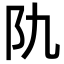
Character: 𨸒